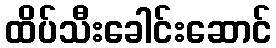
ထိပ်သီးခေါင်းဆောင်